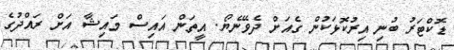
ޑޮކްޓަރު ބުނި އިރުކޮޅަކުން ގެއަށް ދެވޭނެޔޯ. އީތަން އައިސް މައިޝާ އަށް ރައްދުގެ